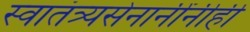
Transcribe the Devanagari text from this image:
स्वातंत्र्यसेनानींनीही